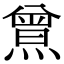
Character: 𤎰